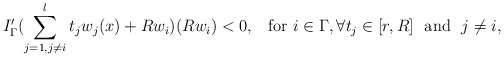
\begin{align*} I_{\Gamma}'(\sum_{j=1, j\neq i}^{l}t_j w_j(x)+Rw_i)(Rw_i)<0, \,\,\,\hbox{ for } i \in \Gamma, \forall t_j\in[r,R]\ \ \hbox{and}\ \ j\neq i,\end{align*}